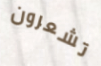
تشعرون